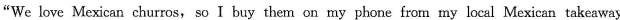
"We love Mexican churros, so I buy them on my phone from my local Mexican takeaway